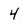
Character: 4